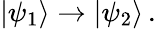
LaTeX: |\psi_{1}\rangle\rightarrow|\psi_{2}\rangle\, .